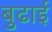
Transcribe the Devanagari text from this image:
बुढाई